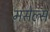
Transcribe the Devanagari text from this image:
मसेल्स